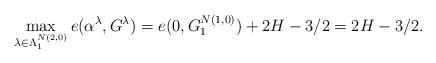
LaTeX: \begin{align*} \max_{\lambda\in\Lambda^{N(2,0)}_{1}} e(\alpha^\lambda, G^\lambda) = e(0,G^{N(1,0)}_{1}) +2H-3/2 =2H-3/2. \end{align*}